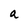
Character: a